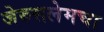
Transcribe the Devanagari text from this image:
जेरुसलेमचा